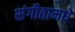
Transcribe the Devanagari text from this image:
संगीतामधे